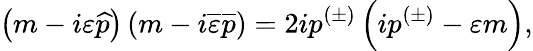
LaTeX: \left(m-i\varepsilon\widehat{p}\right)\left(m-i\overline{{{\varepsilon}}}\overline{{{p}}}\right)=2ip^{(\pm)}\left(ip^{(\pm)}-\varepsilon m\right),